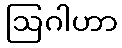
ဩဂါဟာ